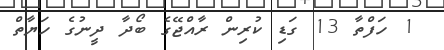
1 ހަފްތާ 13 ގަޑި ކުރިން ރާއްޖޭގެ ބޯދާ ދީނުގެ ހަޔާތް